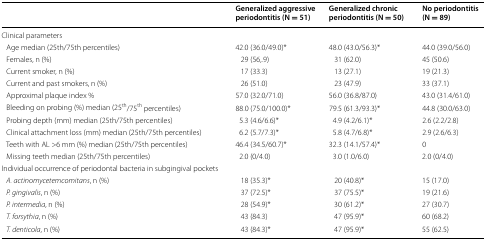
|  | Generalized aggressive periodontitis (N = 51) | Generalized chronic periodontitis (N = 50) | No periodontitis (N = 89) |
 | --- | --- | --- | --- |
 | <COLSPAN=4> Clinical parameters |
 | Age median (25th/75th percentiles) | 42.0 (36.0/49.0)* | 48.0 (43.0/56.3)* | 44.0 (39.0/56.0) |
 | Females, n (%) | 29 (56,.9) | 31 (62.0) | 45 (50.6) |
 | Current smoker, n (%) | 17 (33.3) | 13 (27.1) | 19 (21.3) |
 | Current and past smokers, n (%) | 26 (51.0) | 23 (47.9) | 33 (37.1) |
 | Approximal plaque index % | 57.0 (32.0/71.0) | 56.0 (36.8/87.0) | 43.0 (31.4/61.0) |
 | Bleeding on probing (%) median (25th/75th percentiles) | 88.0 (75.0/100.0)* | 79.5 (61.3/93.3)* | 44.8 (30.0/63.0) |
 | Probing depth (mm) median (25th/75th percentiles) | 5.3 (4.6/6.6)* | 4.9 (4.2/6.1)* | 2.6 (2.2/2.8) |
 | Clinical attachment loss (mm) median (25th/75th percentiles) | 6.2 (5.7/7.3)* | 5.8 (4.7/6.8)* | 2.9 (2.6/6.3) |
 | Teeth with AL >6 mm (%) median (25th/75th percentiles) | 46.4 (34.5/60.7)* | 32.3 (14.1/57.4)* | 0 |
 | Missing teeth median (25th/75th percentiles) | 2.0 (0/4.0) | 3.0 (1.0/6.0) | 2.0 (0/4.0) |
 | <COLSPAN=4> Individual occurrence of periodontal bacteria in subgingival pockets |
 | A. actinomycetemcomitans, n (%) | 18 (35.3)* | 20 (40.8)* | 15 (17.0) |
 | P. gingivalis, n (%) | 37 (72.5)* | 37 (75.5)* | 19 (21.6) |
 | P. intermedia, n (%) | 28 (54.9)* | 30 (61.2)* | 27 (30.7) |
 | T. forsythia, n (%) | 43 (84.3) | 47 (95.9)* | 60 (68.2) |
 | T. denticola, n (%) | 43 (84.3)* | 47 (95.9)* | 55 (62.5) |